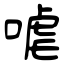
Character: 㖸